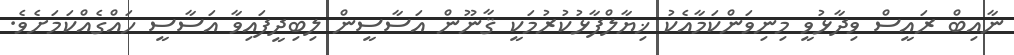
ނާއިބް ރައީސް ވިދާޅުވީ މިނިވަންކަމާއެކު ޚިޔާލްފާޅުކުރުމަކީ ޤާނޫން އަސާސީން ލިބިދީފައިވާ އަސާސީ ހައްގެއްކަމަށެވެ.